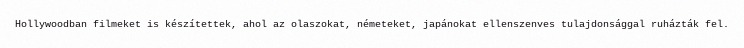
Hollywoodban filmeket is készítettek, ahol az olaszokat, németeket, japánokat ellenszenves tulajdonsággal ruházták fel.